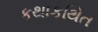
કથાકથિત